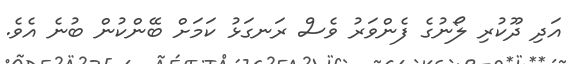
އަދި ދޫކުރި ލޯނުގެ ފެންވަރު ވެސް ރަނގަޅު ކަމަށް ބޭންކުން ބުނެ އެވެ.